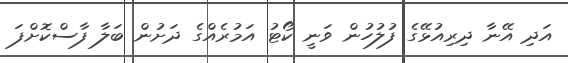
އަދި އޭނާ ދިރިއުޅޭގެ ފުލުހުން ވަނީ ކޯޓު އަމުރެއްގެ ދަށުން ބަލާ ފާސްކޮށްފަ